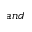
a n d